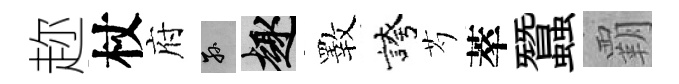
趂杖府孫趣斁誇芍萃蠶覇